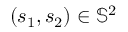
( s _ { 1 } , s _ { 2 } ) \in \mathbb { S } ^ { 2 }